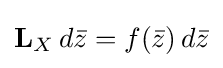
\mathbf {L} _{X}\,d{\bar {z}}=f({\bar {z}})\,d{\bar {z}}